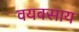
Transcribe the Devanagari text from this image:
वयवसाय